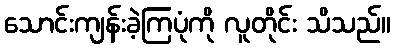
သောင်းကျန်းခဲ့ကြပုံကို လူတိုင်း သိသည်။